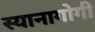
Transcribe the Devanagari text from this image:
स्यानागोगी